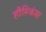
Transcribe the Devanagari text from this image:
हौस्किंस